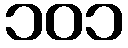
၁၀၁